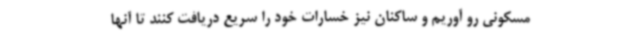
مسکونی رو آوریم و ساکنان نیز خسارات خود را سریع دریافت کنند تا آنها